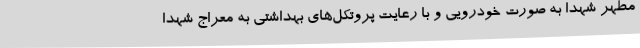
مطهر شهدا به صورت خودرویی و با رعایت پروتکل‌های بهداشتی به معراج شهدا